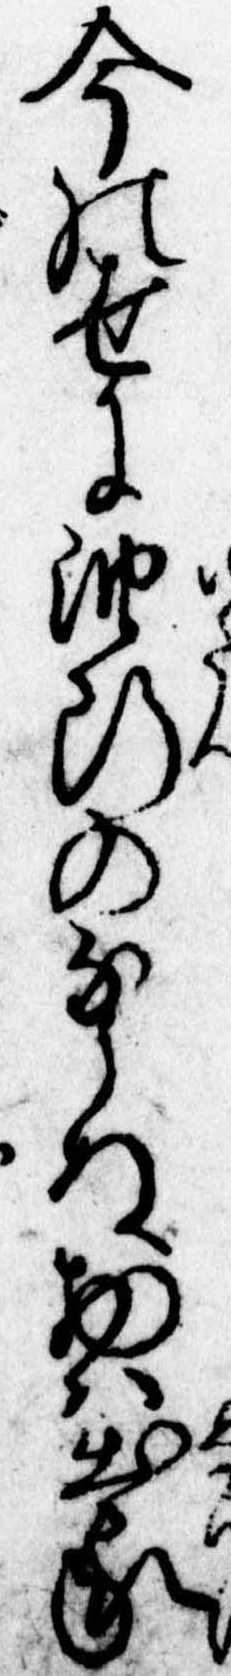
今の世に油断のならぬ物は出家